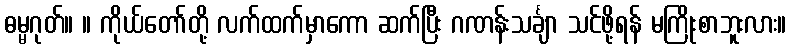
ဓမ္မဂုတ်။ ။ ကိုယ်တော်တို့ လက်ထက်မှာကော ဆက်ပြီး ဂဏန်းသင်္ချာ သင်ဖို့ရန် မကြိုးစာဘူးလား။